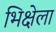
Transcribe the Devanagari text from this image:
भिक्षेला